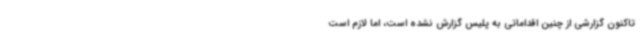
تاکنون گزارشی از چنین اقداماتی به پلیس گزارش نشده است، اما لازم است